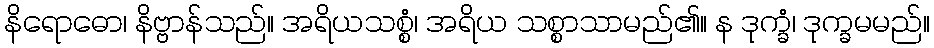
နိရောဓော၊ နိဗ္ဗာန်သည်။ အရိယသစ္စံ၊ အရိယ သစ္စာသာမည်၏။ န ဒုက္ခံ၊ ဒုက္ခမမည်။